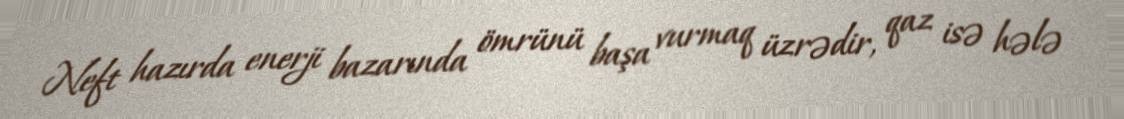
Neft hazırda enerji bazarında ömrünü başa vurmaq üzrədir, qaz isə hələ